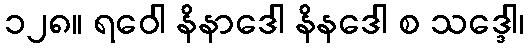
၁၂၈။ ရဝေါ နိနာဒေါ နိနဒေါ စ သဒ္ဒေါ၊